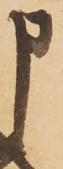
申